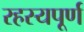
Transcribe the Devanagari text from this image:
रहस्‍यपूर्ण